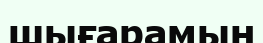
шығарамын